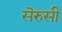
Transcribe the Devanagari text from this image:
सॆरुसी